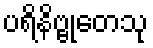
ပရိနိဗ္ဗုတေသု